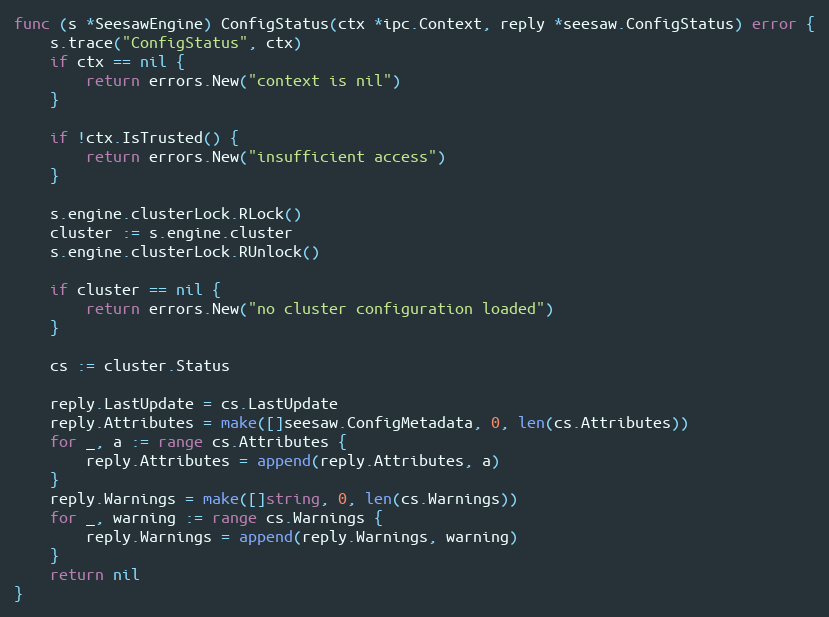
Language: Go
func (s *SeesawEngine) ConfigStatus(ctx *ipc.Context, reply *seesaw.ConfigStatus) error {
	s.trace("ConfigStatus", ctx)
	if ctx == nil {
		return errors.New("context is nil")
	}

	if !ctx.IsTrusted() {
		return errors.New("insufficient access")
	}

	s.engine.clusterLock.RLock()
	cluster := s.engine.cluster
	s.engine.clusterLock.RUnlock()

	if cluster == nil {
		return errors.New("no cluster configuration loaded")
	}

	cs := cluster.Status

	reply.LastUpdate = cs.LastUpdate
	reply.Attributes = make([]seesaw.ConfigMetadata, 0, len(cs.Attributes))
	for _, a := range cs.Attributes {
		reply.Attributes = append(reply.Attributes, a)
	}
	reply.Warnings = make([]string, 0, len(cs.Warnings))
	for _, warning := range cs.Warnings {
		reply.Warnings = append(reply.Warnings, warning)
	}
	return nil
}